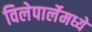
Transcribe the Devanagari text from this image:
विलेपार्लेमध्ये